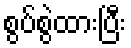
စွပ်စွဲထားပြီး